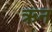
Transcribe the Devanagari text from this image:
ऋन